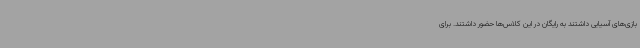
بازی‌های آسیایی داشتند به رایگان در این کلاس‌ها حضور داشتند. برای